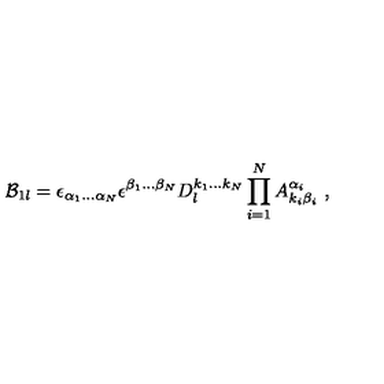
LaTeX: { \cal B } _ { 1 l } = \epsilon _ { \alpha _ { 1 } \ldots \alpha _ { N } } \epsilon ^ { \beta _ { 1 } \ldots \beta _ { N } } D _ { l } ^ { k _ { 1 } \ldots k _ { N } } \prod _ { i = 1 } ^ { N } A _ { k _ { i } \beta _ { i } } ^ { \alpha _ { i } } \ ,